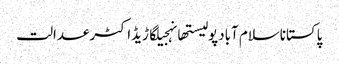
پاکستاناسلام آبادپولیستھانہجیلگاڑیڈاکٹرعدالت